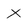
Character: X